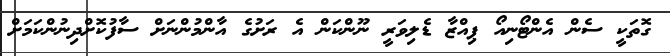
ގޮތަކީ ސެން އެންޓޯނިއޯ ޕިއްޒާ ޑެލިވަރީ ނޫންކަން އެ ރަށުގެ އާންމުންނަށް ސާފުކޮށްދިނުންކަމަށް